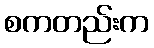
စကတည်းက